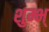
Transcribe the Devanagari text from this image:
शुम्भ्